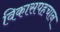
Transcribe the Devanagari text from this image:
विकासपहचान